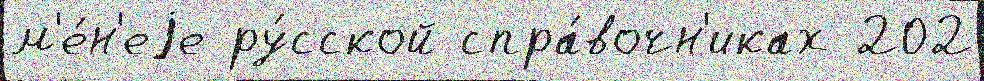
м'е́н'еjе ру́сской спра́вочн'иках 202